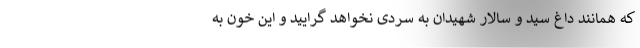
که همانند داغ سید و سالار شهیدان به سردی نخواهد گرایید و این خون به